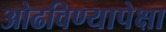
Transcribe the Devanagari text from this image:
ओढविण्यापेक्षा